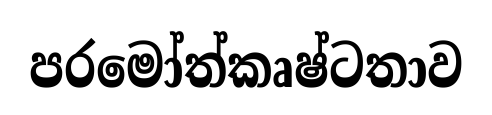
පරමෝත්කෘෂ්ටතාව